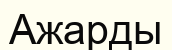
Ажарды